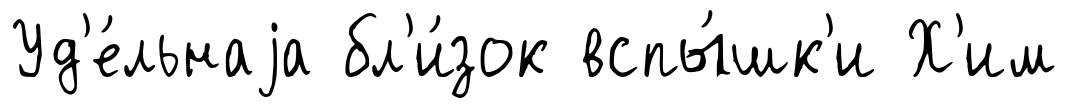
Уд'е́льнаjа бл'и́зок вспы́шк'и Х'им